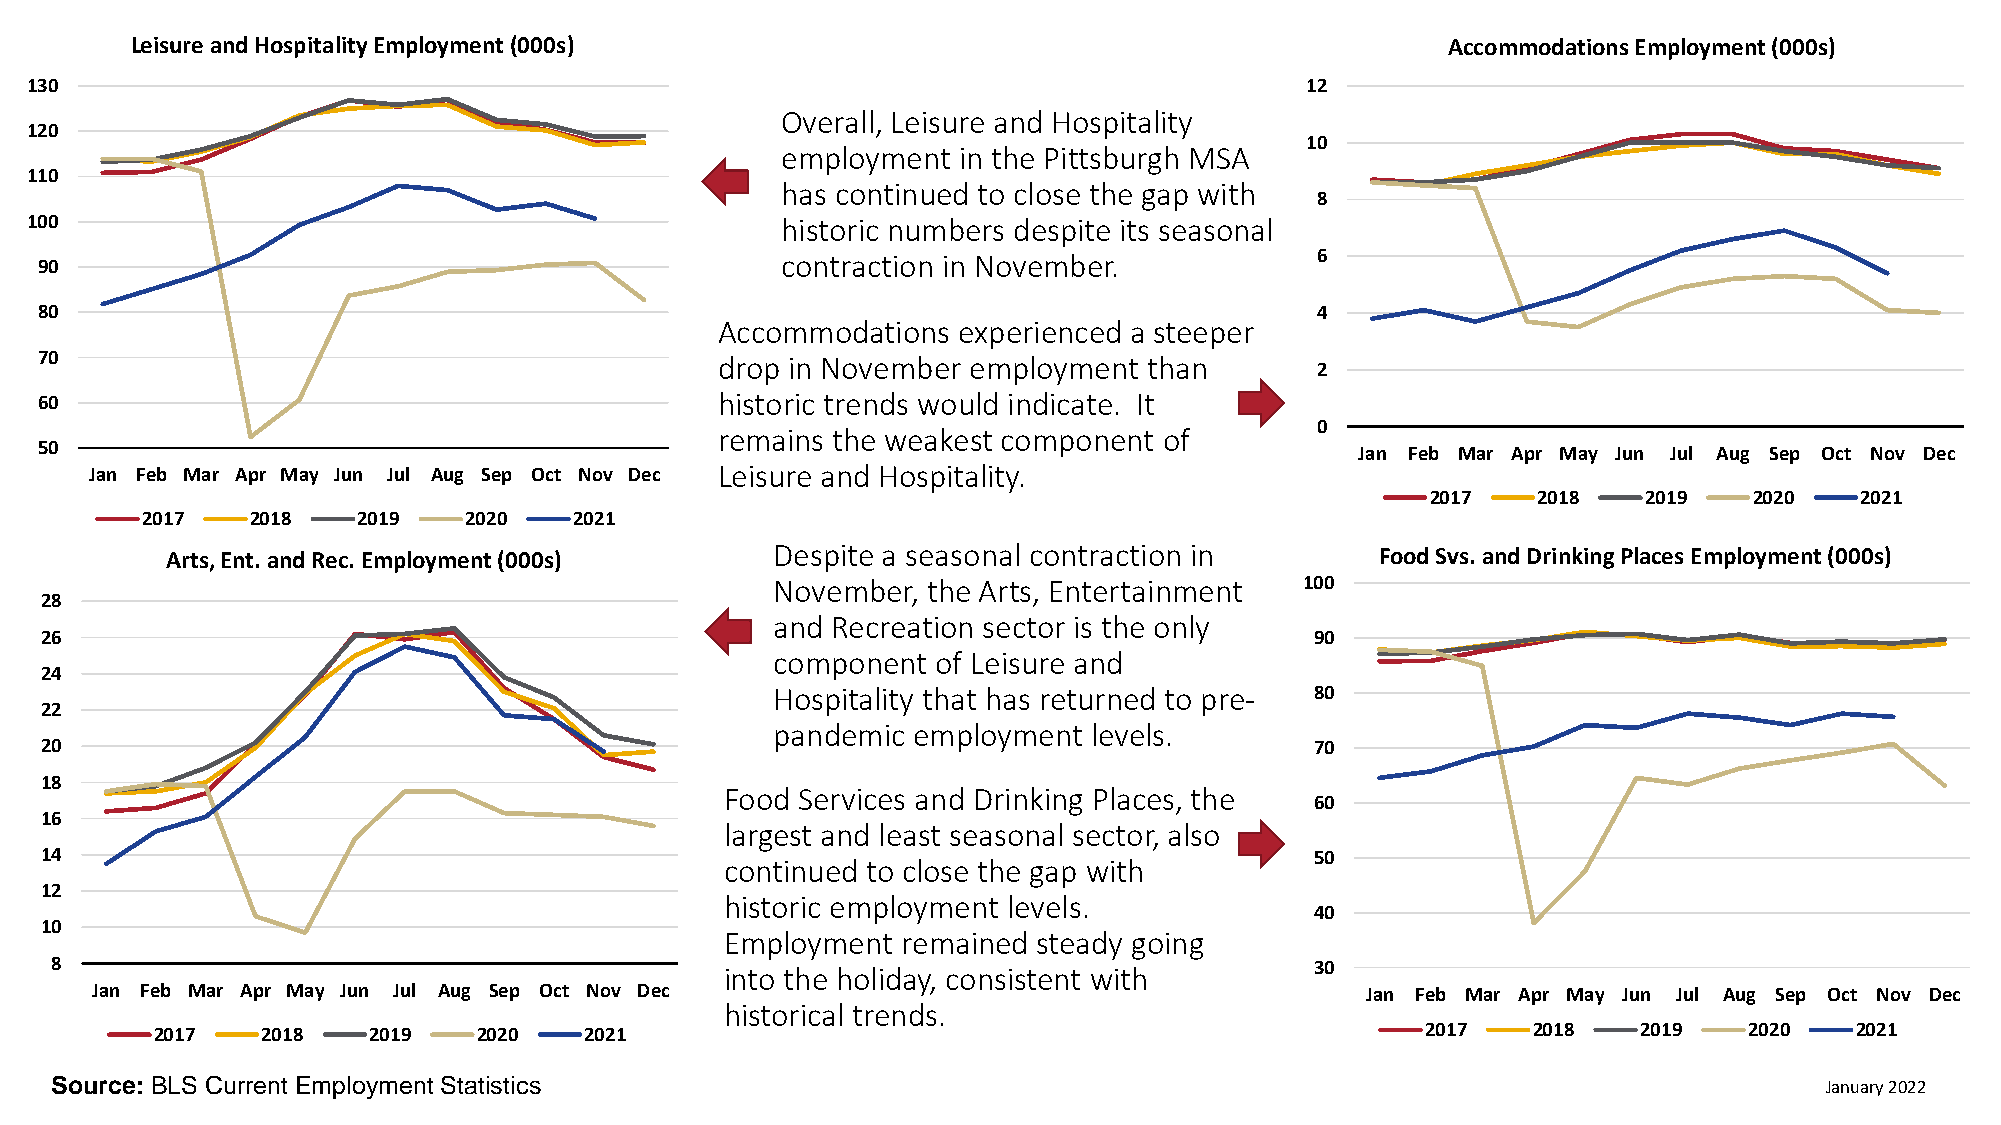
Leisure and Hospitality Employment (000s)                                              Accommodations Employment (000s)
 130                                                                                 12
 Overall, Leisure and Hospitality
 120
 10
 employment in the Pittsburgh MSA
 110
 has continued to close the gap with
 8
 100                                               historic numbers despite its seasonal
 90                                                contraction in November.           6
 80                                                                                   4
 Accommodations  experienced a steeper
 70                                           drop in November employment  than
 2
 60                                           historic trends would indicate. It
 0
 remains the weakest component of
 50                                                                                      Jan Feb Mar Apr May Jun Jul Aug Sep Oct Nov Dec
 Jan Feb Mar Apr May Jun Jul Aug Sep Oct Nov Dec Leisure and Hospitality.
 2017   2018   2019   2020   2021
 2017    2018   2019   2020   2021
 Arts, Ent. and Rec. Employment (000s)   Despite a seasonal contraction in       Food Svs. and Drinking Places Employment (000s)
 November, the Arts, Entertainment  100
 28
 and Recreation sector is the only
 26                                                                                  90
 component  of Leisure and
 24
 Hospitality that has returned to pre- 80
 22
 pandemic employment  levels.
 20                                                                                  70
 18
 Food Services and Drinking Places, the
 60
 16
 largest and least seasonal sector, also
 14                                                                                  50
 continued to close the gap with
 12
 historic employment levels.
 40
 10
 Employment  remained steady going
 8                                                                                   30
 into the holiday, consistent with
 Jan Feb Mar Apr May Jun Jul Aug Sep Oct Nov Dec                                     Jan Feb Mar Apr May Jun Jul Aug Sep Oct Nov Dec
 historical trends.
 2017   2018   2019    2020   2021                                                   2017   2018    2019   2020   2021
 Source: BLS Current Employment Statistics                                                                             January 2022